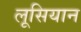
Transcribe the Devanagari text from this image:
लूसियान